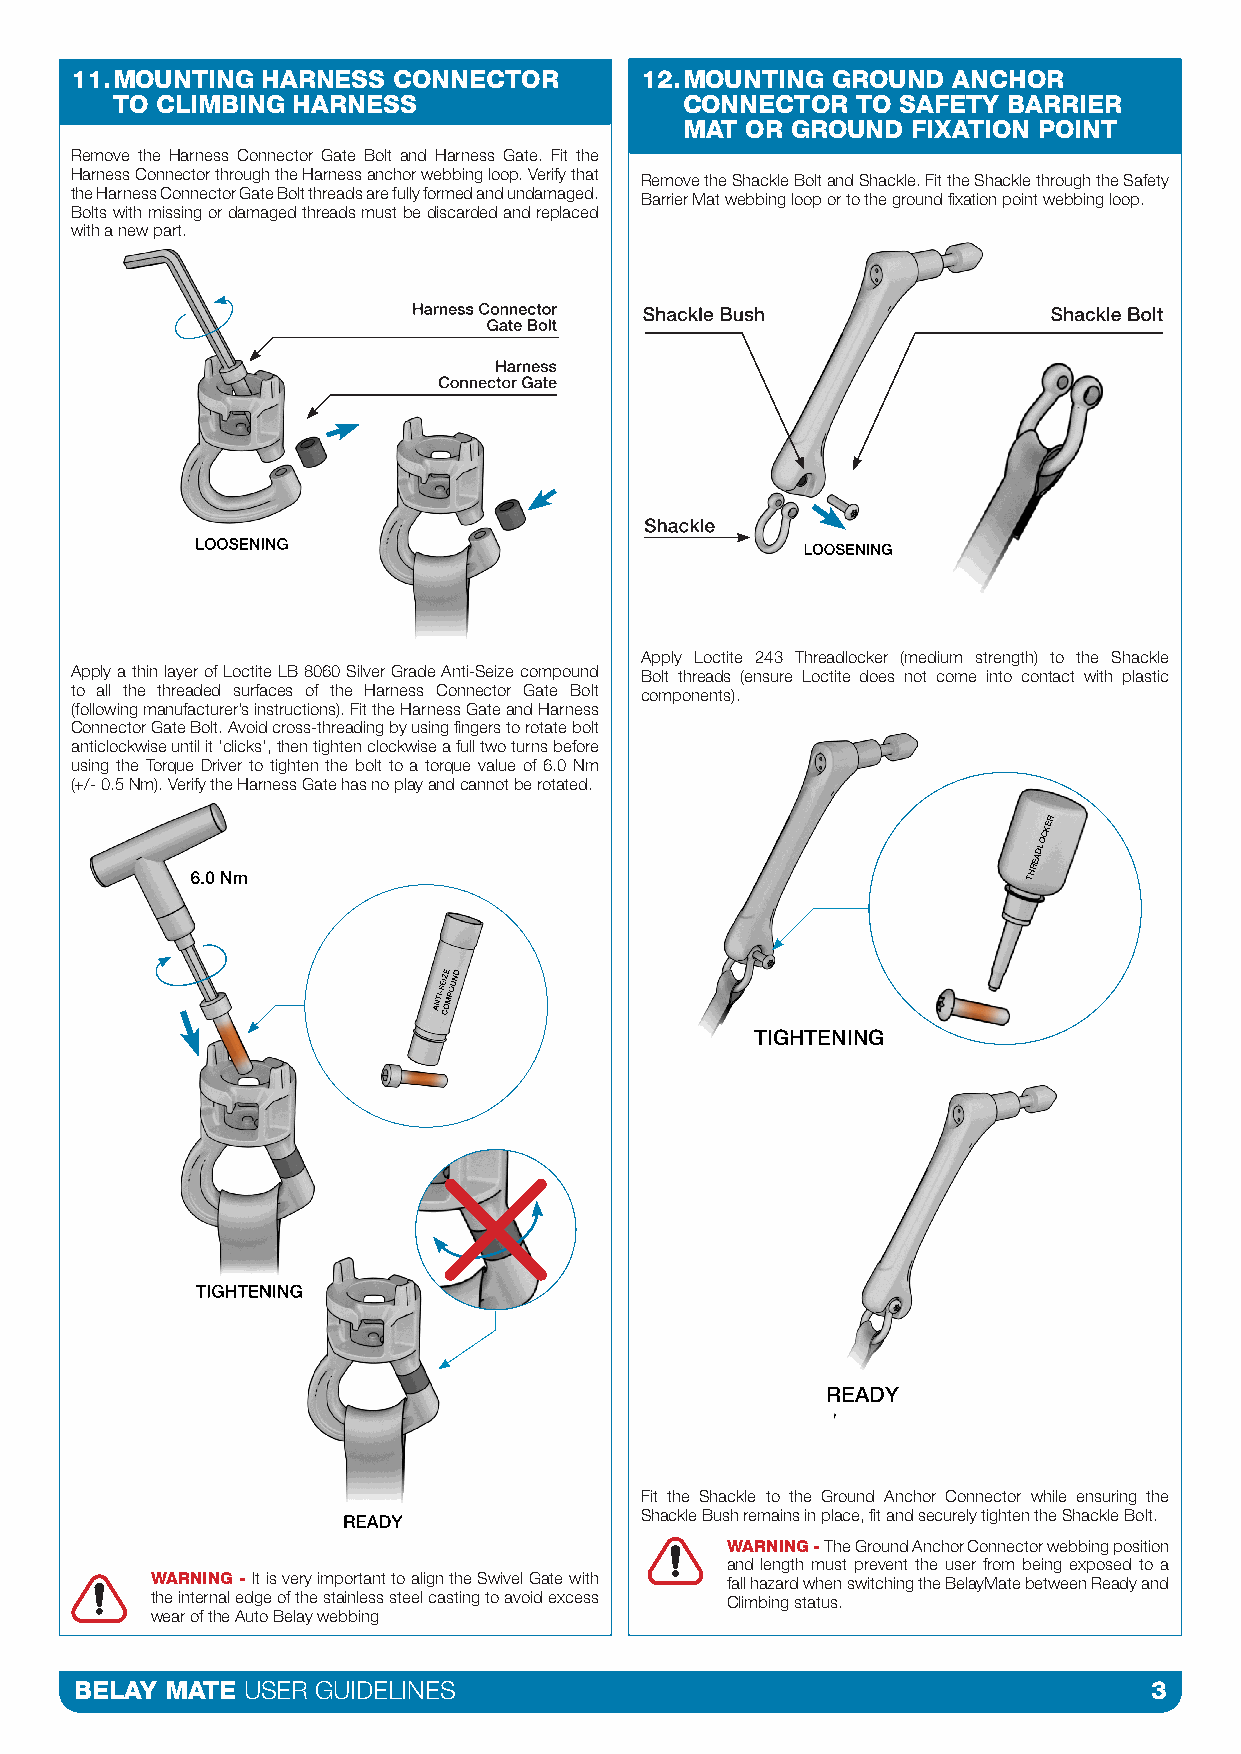
11. MOUNTING HARNESS CONNECTOR       12. MOUNTING GROUND  ANCHOR
 TO CLIMBING HARNESS                   CONNECTOR   TO SAFETY BARRIER
 MAT OR GROUND  FIXATION POINT
 Remove the Harness Connector Gate Bolt and Harness Gate. Fit the
 Harness Connector through the Harness anchor webbing loop. Verify that Remove the Shackle Bolt and Shackle. Fit the Shackle through the Safety
 the Harness Connector Gate Bolt threads are fully formed and undamaged. Barrier Mat webbing loop or to the ground fixation point webbing loop.
 Bolts with missing or damaged threads must be discarded and replaced
 with a new part.
 Apply Loctite 243 Threadlocker (medium strength) to the Shackle
 Apply a thin layer of Loctite LB 8060 Silver Grade Anti-Seize compound Bolt threads (ensure Loctite does not come into contact with plastic
 to all the threaded surfaces of the Harness Connector Gate Bolt components).
 (following manufacturer’s instructions). Fit the Harness Gate and Harness
 Connector Gate Bolt. Avoid cross-threading by using fingers to rotate bolt
 anticlockwise until it ‘clicks’, then tighten clockwise a full two turns before
 using the Torque Driver to tighten the bolt to a torque value of 6.0 Nm
 (+/- 0.5 Nm). Verify the Harness Gate has no play and cannot be rotated.
 THREADLOCKER
 TIGHTENING
 READY
 Fit the Shackle to the Ground Anchor Connector while ensuring the
 Shackle Bush remains in place, fit and securely tighten the Shackle Bolt.
 WARNING - The Ground Anchor Connector webbing position
 and length must prevent the user from being exposed to a
 WARNING - It is very important to align the Swivel Gate with fall hazard when switching the BelayMate between Ready and
 the internal edge of the stainless steel casting to avoid excess Climbing status.
 wear of the Auto Belay webbing
 BELAY MATE USER GUIDELINES                                             3